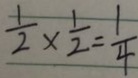
\frac { 1 } { 2 } \times \frac { 1 } { 2 } = \frac { 1 } { 4 }